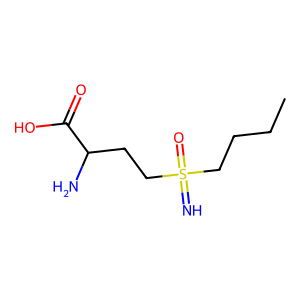
SMILES: CCCCS(=N)(=O)CCC(N)C(=O)O
Inhibits HIV replication: No